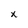
Character: x